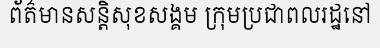
ព័ត៌មានសន្តិសុខសង្គម ក្រុមប្រជាពលរដ្ឋនៅ